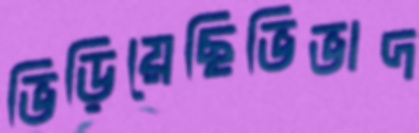
ভিড়িয়েছিভিভাদ